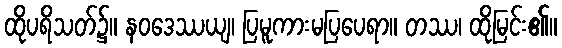
ထိုပရိသတ်၌။ နဝဒေဿယျ၊ ပြမူကားမပြပေရာ။ တဿ၊ ထိုမြင်း၏။